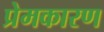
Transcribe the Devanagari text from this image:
प्रेमकारण